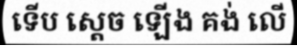
ទើប ស្តេច ឡើង គង់ លើ